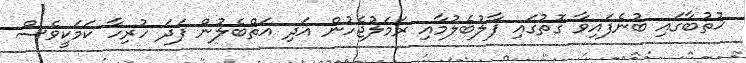
ޚުތުބާގައި ބުނެފައިވާ ގޮތުގައި ފާލުބެލުމާއި ރަމަލުޖެހުން އަދި އަތްބެލުން ފަދަ ހުރިހާ ކަމަކީވެސް